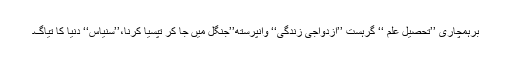
برہمچاری ’’تحصیل علم ‘‘ گرہست ’’ازدواجی زندگی‘‘ وانپرستھ’’جنگل میں جا کر تپسیا کرنا،’’سنیاس‘‘ دنیا کا تیاگ۔